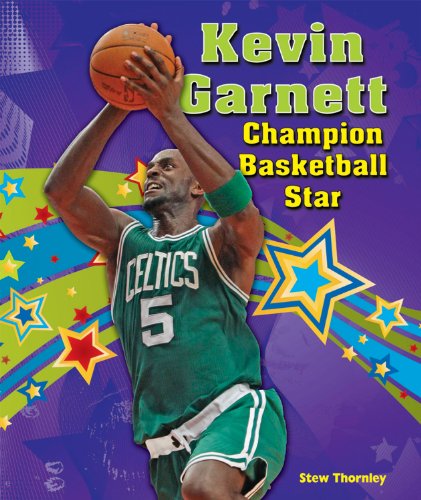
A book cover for Kevin Garnett: Champion Basketball Star (Sports Star Champions); Stew Thornley; Teen & Young Adult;